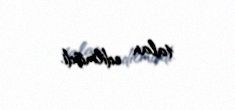
talan edilmişdi.